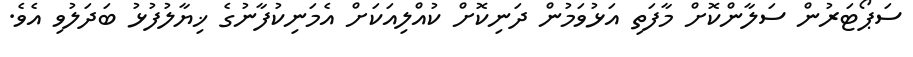
ސަޕޯޓަރުން ސަލާންކޮށް މާފަތި އަޅުވަމުން ދަނިކޮށް ކުއްލިއަކަށް އެމަނިކުފާނުގެ ޚިޔާލުފުޅު ބަދަލުވި އެވެ.